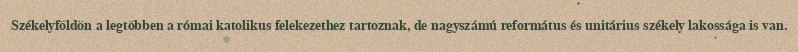
Székelyföldön a legtöbben a római katolikus felekezethez tartoznak, de nagyszámú református és unitárius székely lakossága is van.